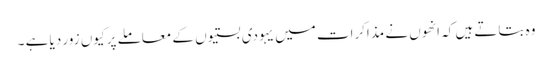
وہ بتاتے ہیں کہ انھوں نے مذاکرات میں یہودی بستیوں کے معاملے پر کیوں زور دیا ہے ۔